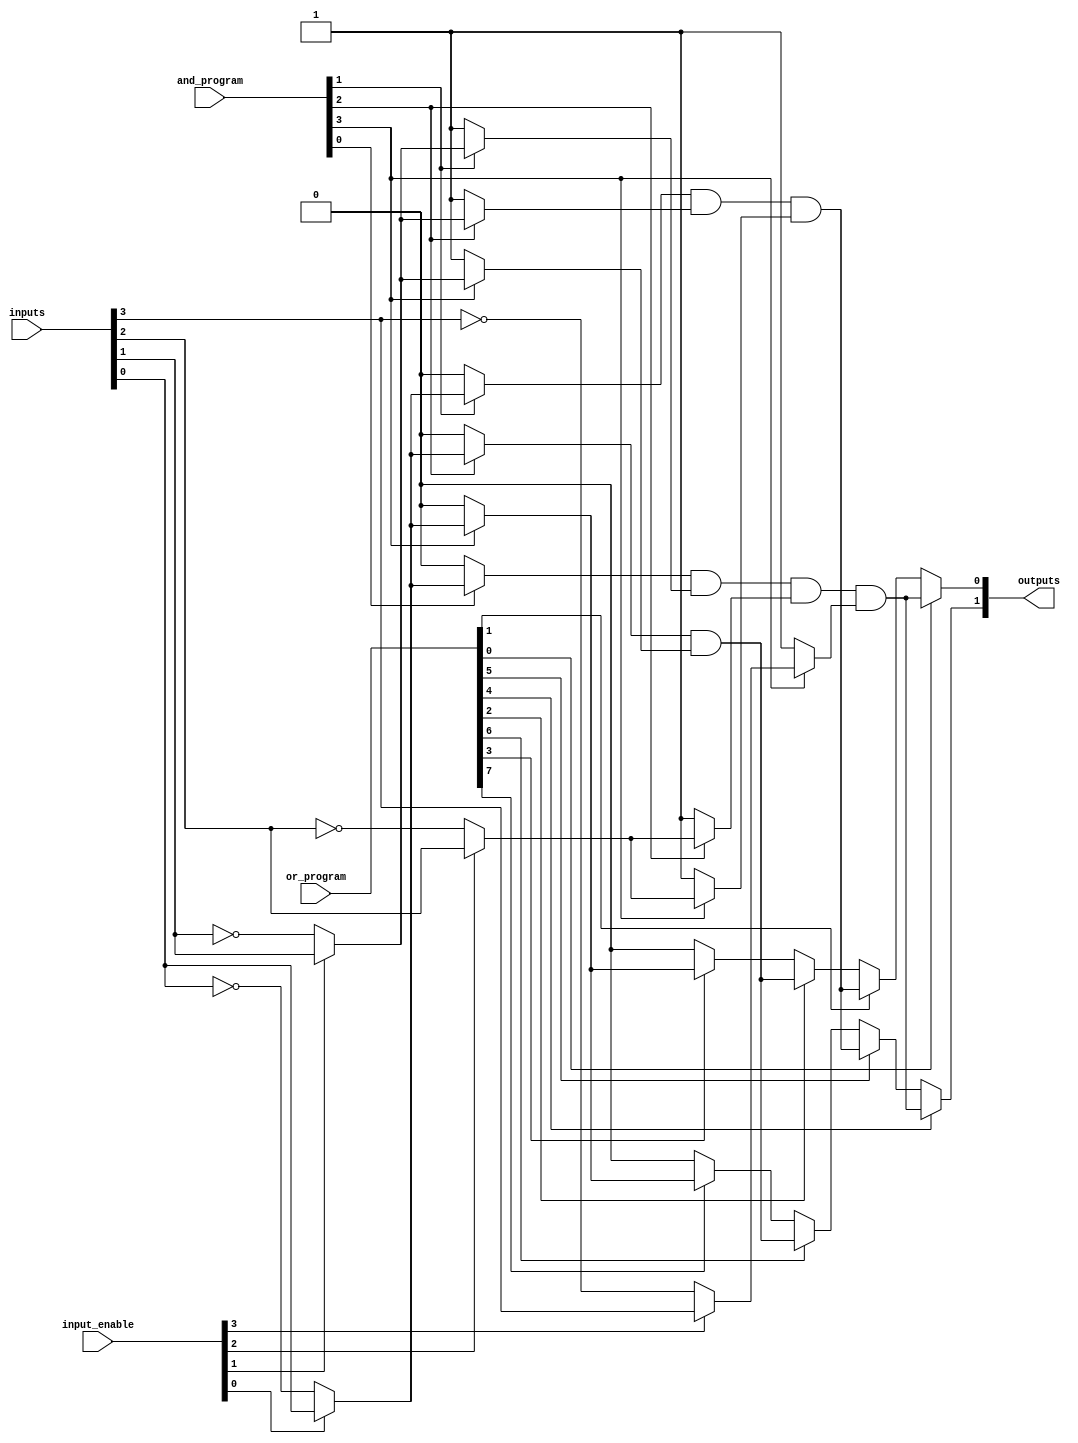
module PLA #(parameter N = 4,   // Number of inputs
             parameter M = 2,   // Number of outputs
             parameter P = 4)   // Number of AND gates
(
    input  wire [N-1:0] inputs,             // Inputs
    input  wire [N-1:0] input_enable,        // Input enable signals (1 for direct, 0 for inverted)
    input  wire [P-1:0] and_program,         // Programmable connections for AND gates
    input  wire [M*P-1:0] or_program,        // Programmable connections for OR gates
    output wire [M-1:0] outputs               // Outputs
);

    // Internal wires for AND gate outputs
    wire [P-1:0] and_out;

    // Generate AND gates based on programmable connections
    genvar i, j;
    generate
        for (i = 0; i < P; i = i + 1) begin : and_gates
            wire [N-1:0] and_inputs;
            assign and_inputs = { (input_enable[N-1] ? inputs[N-1] : ~inputs[N-1]),
                                   (input_enable[N-2] ? inputs[N-2] : ~inputs[N-2]),
                                   (input_enable[N-3] ? inputs[N-3] : ~inputs[N-3]),
                                   (input_enable[N-4] ? inputs[N-4] : ~inputs[N-4]) };

            // AND gate logic based on programmable connections
            assign and_out[i] = (and_program[i] ? and_inputs[0] : 1'b0) &
                                (and_program[i+1] ? and_inputs[1] : 1'b1) &
                                (and_program[i+2] ? and_inputs[2] : 1'b1) &
                                (and_program[i+3] ? and_inputs[3] : 1'b1);
        end
    endgenerate

    // Generate OR gates based on programmable connections
    generate
        for (j = 0; j < M; j = j + 1) begin : or_gates
            wire [P-1:0] or_inputs;
            assign or_inputs = and_out; // Connect AND gate outputs to OR gates

            // OR gate logic based on programmable connections
            assign outputs[j] = or_program[j*P + 0] ? or_inputs[0] : 1'b0 |
                                or_program[j*P + 1] ? or_inputs[1] : 1'b0 |
                                or_program[j*P + 2] ? or_inputs[2] : 1'b0 |
                                or_program[j*P + 3] ? or_inputs[3] : 1'b0;
        end
    endgenerate

endmodule